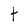
Character: t